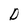
Character: D